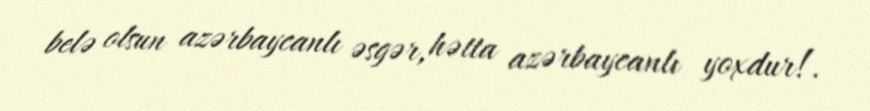
belə olsun azərbaycanlı əsgər, hətta azərbaycanlı yoxdur!.